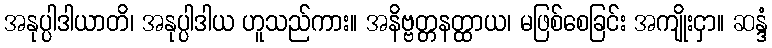
အနုပ္ပါဒါယာတိ၊ အနုပ္ပါဒါယ ဟူသည်ကား။ အနိဗ္ဗတ္တနတ္ထာယ၊ မဖြစ်စေခြင်း အကျိုးငှာ။ ဆန္ဒံ